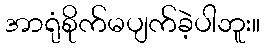
အာရုံစိုက်မပျက်ခဲ့ပါဘူး။